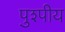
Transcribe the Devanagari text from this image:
पुश्पीय